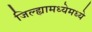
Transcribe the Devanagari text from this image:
जिल्ह्यामध्येमध्ये